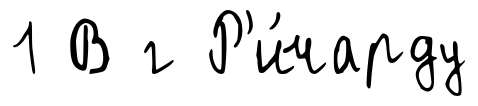
1 В г Р'и́чарду